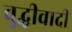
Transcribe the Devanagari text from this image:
बुद्धीवादी